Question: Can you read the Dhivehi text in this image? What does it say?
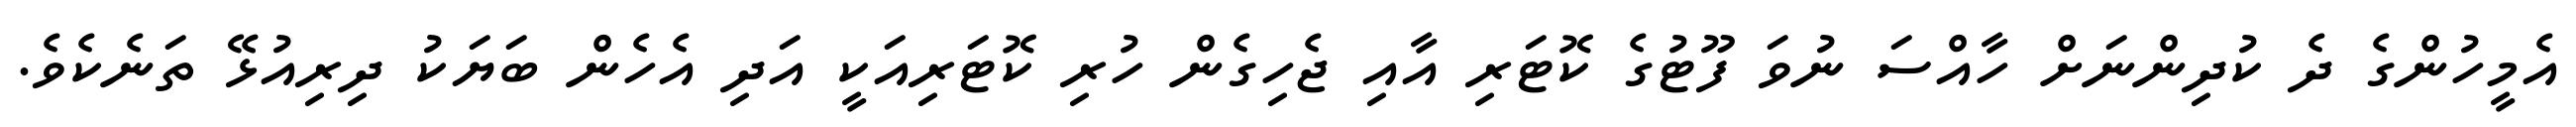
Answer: އެމީހުންގެ ދެ ކުދިންނަށް ހާއްސަ ނުވަ ފޫޓުގެ ކޮޓަރި އާއި ޖެހިގެން ހުރި ކޮޓަރިއަކީ އަދި އެހެން ބަޔަކު ދިރިއުޅޭ ތަނެކެވެ.